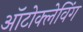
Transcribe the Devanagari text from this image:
ऑटोक्लेविंग